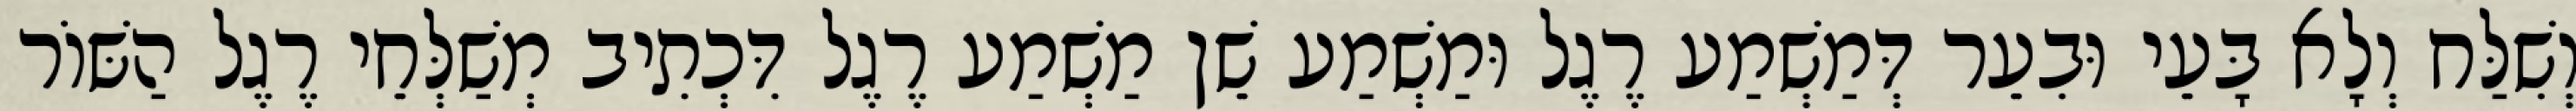
וְשִׁלַּח וְלָא בָּעֵי וּבִעֵר דְּמַשְׁמַע רֶגֶל וּמַשְׁמַע שֵׁן מַשְׁמַע רֶגֶל דִּכְתִיב מְשַׁלְּחֵי רֶגֶל הַשּׁוֹר